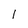
Character: l